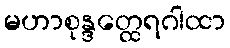
မဟာစုန္ဒတ္ထေရဂါထာ